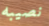
نصيبه